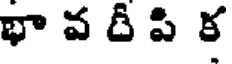
భా వ దీ పి క